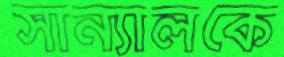
সান্যালকে